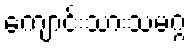
ကျောင်းသားသမဂ္ဂ